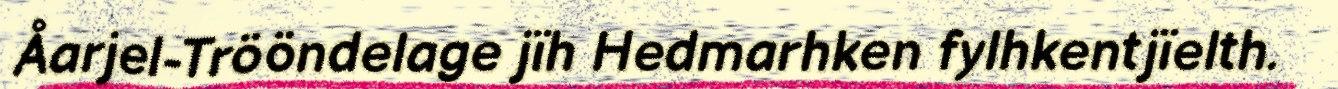
Åarjel-Trööndelage jïh Hedmarhken fylhkentjïelth.